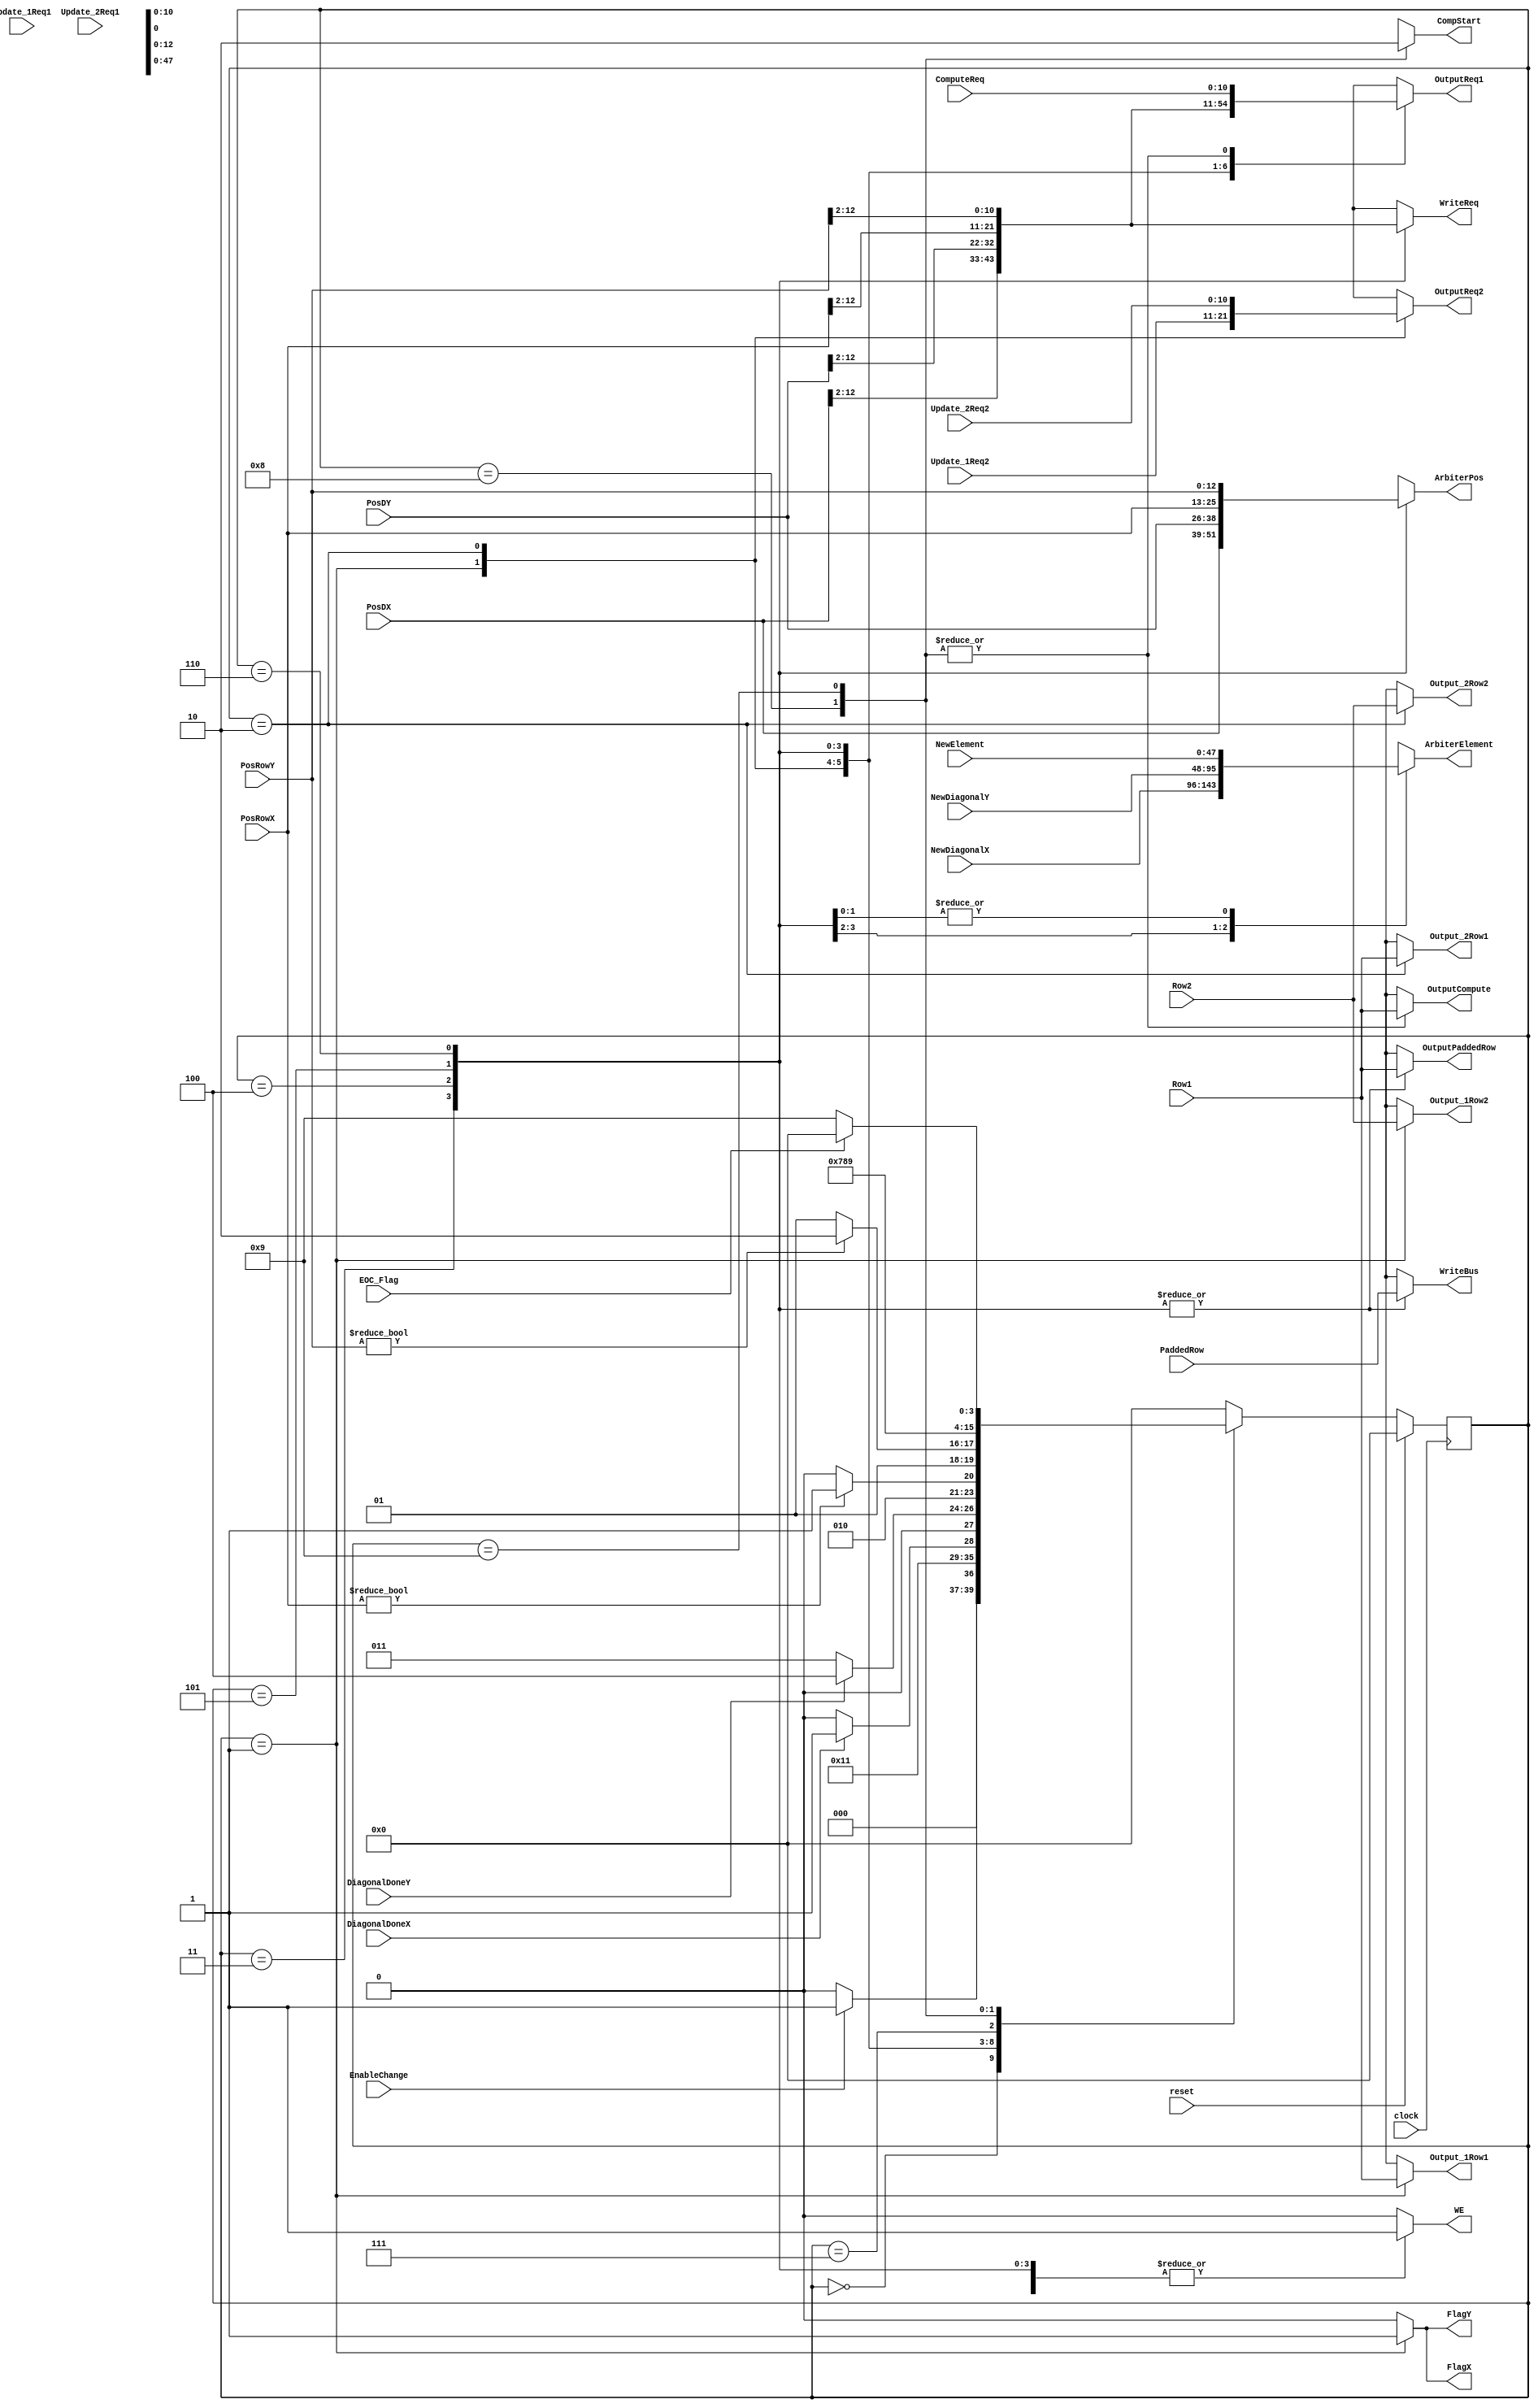
module MainArbiter_1 (reset, clock, EnableChange, Update_1Req1, Update_1Req2, Update_2Req1, Update_2Req2, Row1, Row2, OutputReq1, OutputReq2, Output_1Row1, Output_1Row2, Output_2Row1, Output_2Row2, FlagX, FlagY, DiagonalDoneX, DiagonalDoneY, WE, PosDX, PaddedRow, WriteReq, WriteBus, NewDiagonalX, NewDiagonalY, NewElement, ArbiterElement, ArbiterPos, OutputPaddedRow, PosDY, PosRowX, PosRowY, ComputeReq, OutputCompute, CompStart,EOC_Flag);

input         reset;
input         clock;
input         EnableChange;
input [10:0]  Update_1Req1;
input [10:0]  Update_1Req2;
input [10:0]  Update_2Req1;
input [10:0]  Update_2Req2;
input [10:0]  ComputeReq;
input [255:0] Row1;
input [255:0] Row2;
input [255:0] PaddedRow;
input [12:0]  PosDX;
input [12:0]  PosDY;
input [12:0]  PosRowX;
input [12:0]  PosRowY;
input [47:0]  NewDiagonalX;
input [47:0]  NewDiagonalY;
input [47:0]  NewElement;
input         DiagonalDoneX;
input         DiagonalDoneY;
input 	      EOC_Flag;

output [10:0] OutputReq1;
output [10:0] OutputReq2;
output [10:0] WriteReq;
output [255:0] WriteBus;
output [255:0] Output_1Row1;
output [255:0] Output_1Row2;
output [255:0] Output_2Row1;
output [255:0] Output_2Row2;
output [255:0] OutputPaddedRow;
output [255:0] OutputCompute;
output [47:0]  ArbiterElement;
output [12:0]  ArbiterPos;
output         FlagX;
output         FlagY;
output         WE;
output         CompStart;

reg    [10:0]  OutputReq1;
reg    [10:0]  OutputReq2;
reg    [10:0]  WriteReq;
reg    [255:0] WriteBus;
reg    [255:0] Output_1Row1;
reg    [255:0] Output_1Row2;
reg    [255:0] Output_2Row1;
reg    [255:0] Output_2Row2;
reg    [255:0] OutputPaddedRow;
reg    [255:0] OutputCompute;
reg    [47:0]  ArbiterElement;
reg    [12:0]  ArbiterPos;
reg            FlagX;
reg            FlagY;
reg            WE;
reg            CompStart;

parameter [3:0] S0 = 4'b0000, S1 = 4'b0001, S2 = 4'b0010,
		S3 = 4'b0011, S4 = 4'b0100, S5 = 4'b0101,
		S6 = 4'b0110, S7 = 4'b0111, S8 = 4'b1000,
		S9 = 4'b1001;

reg    [3:0] current_state, next_state;

always@(posedge clock)
begin
	if (reset)
		current_state <= S0;
	else
		current_state <= next_state;
end

always@(*)
begin
	OutputReq1 = 11'bxx;
	OutputReq2 = 11'bxx;
	Output_1Row1 = 256'hxx;
	Output_1Row2 = 256'hxx;
	Output_2Row1 = 256'hxx;
	Output_2Row2 = 256'hxx;
	OutputCompute = 256'hxx;
	FlagX = 1'b0;
	FlagY = 1'b0;
	ArbiterElement = 48'hxx;
	ArbiterPos = 19'hxx;
	OutputPaddedRow = 256'hxx;
	WE = 1'b0;
	WriteReq = 19'hxx;
	WriteBus = 256'hxx;
	CompStart = 1'bx;
	//Output_4XRow1 = 255'hxx;
	//Output_4XRow2 = 255'hxx;
	//Output_4YRow1 = 255'hxx;
	//Output_4YRow2 = 255'hxx;
	

	next_state = S0;

	case (current_state)
	S0: begin
		OutputReq1 = 11'bxx;
		OutputReq2 = 11'bxx;
		Output_1Row1 = 256'hxx;
		Output_1Row2 = 256'hxx;
		Output_2Row1 = 256'hxx;
		Output_2Row2 = 256'hxx;
		FlagX = 1'b0;
		FlagY = 1'b0;	
		if (EnableChange == 1'b0)
			next_state = S0;
		else
			next_state = S1;
	    end

	S1: begin
		OutputReq1 = Update_1Req1;
		OutputReq2 = Update_1Req2;
		Output_1Row1 = Row1;
		Output_1Row2 = Row2;
		Output_2Row1 = 256'hxx;
		Output_2Row2 = 256'hxx;	
		FlagX = 1'b1;
		FlagY = 1'b1;
		next_state = S2;
	    end

	S2: begin
		OutputReq1 = Update_2Req1;
		OutputReq2 = Update_2Req2;
		Output_1Row1 = 256'hxx;
		Output_1Row2 = 256'hxx;
		Output_2Row1 = Row1;
		Output_2Row2 = Row2;
		FlagX = 1'b0;
		FlagY = 1'b0;
		if (DiagonalDoneX)			
			next_state = S3;
		else 
			next_state = S2;
	    end

	S3: begin
		OutputReq1 = PosDX[12:2];
		//OutputReq2 = Update_4YReq2;
		ArbiterElement = NewDiagonalX;
		ArbiterPos = PosDX[12:0];
		OutputPaddedRow = Row1;
		WE = 1'b1;
		WriteReq = PosDX[12:2];
		WriteBus = PaddedRow;		
		//Output_4YRow2 = Row2;
		//if (DoneY)
		//	next_state = S7;
		//else
		if (DiagonalDoneY)
			next_state = S4;
		else
			next_state = S3;
	    end
	
	S4: begin
		OutputReq1 = PosDY[12:2];
		//OutputReq2 = Update_4YReq2;
		ArbiterElement = NewDiagonalY;
		ArbiterPos = PosDY[12:0];
		OutputPaddedRow = Row1;
		WE = 1'b1;
		WriteReq = PosDY[12:2];
		WriteBus = PaddedRow;		
		//Output_4YRow2 = Row2;
		//if (DoneY)
		//	next_state = S7;
		//else
		if (PosRowX)
			next_state = S5;
		else
			next_state = S4;
	    end

	S5: begin
		OutputReq1 = PosRowX[12:2];
		//OutputReq2 = Update_4YReq2;
		ArbiterElement = NewElement;
		ArbiterPos = PosRowX[12:0];
		OutputPaddedRow = Row1;
		WE = 1'b1;
		WriteReq = PosRowX[12:2];
		WriteBus = PaddedRow;
		if (PosRowY)		
			next_state = S6;
		else
			next_state = S5;
	    end 

	S6: begin
		OutputReq1 = PosRowY[12:2];
		//OutputReq2 = Update_4YReq2;
		ArbiterElement = NewElement;
		ArbiterPos = PosRowY[12:0];
		OutputPaddedRow = Row1;
		WE = 1'b1;
		WriteReq = PosRowY[12:2];
		WriteBus = PaddedRow;
		next_state = S7;
	    end
	S7: begin
		WE = 1'b1;
		next_state = S8;
	    end

	S8: begin
		OutputReq1 = ComputeReq;
		OutputCompute = Row1;	
		CompStart = 1'b1;
		next_state = S9;
	    end

	S9: begin
		OutputReq1 = ComputeReq;
		OutputCompute = Row1;
		CompStart = 1'b0;
		if(EOC_Flag)
		begin
			next_state = S0;
		//	EnableChange = 1'b1;
		end
		else
			next_state = S9;
	    end

	endcase
end

endmodule